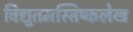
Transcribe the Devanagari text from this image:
विद्युतमस्तिष्कलेख